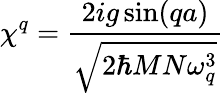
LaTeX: \chi^{q}=\frac{2ig\sin(qa)}{\sqrt{2\hbar MN\omega_{q}^{3}}}